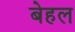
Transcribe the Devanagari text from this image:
बेहल